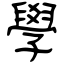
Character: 學